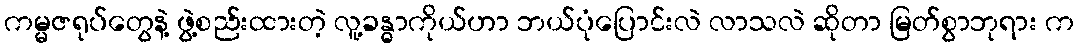
ကမ္မဇရုပ်တွေနဲ့ ဖွဲ့စည်းထားတဲ့ လူ့ခန္ဓာကိုယ်ဟာ ဘယ်ပုံပြောင်းလဲ လာသလဲ ဆိုတာ မြတ်စွာဘုရား က